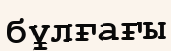
бұлғағы